Indian journal of veterinary science and animal husbandry - Volume 1,
Year: 1931
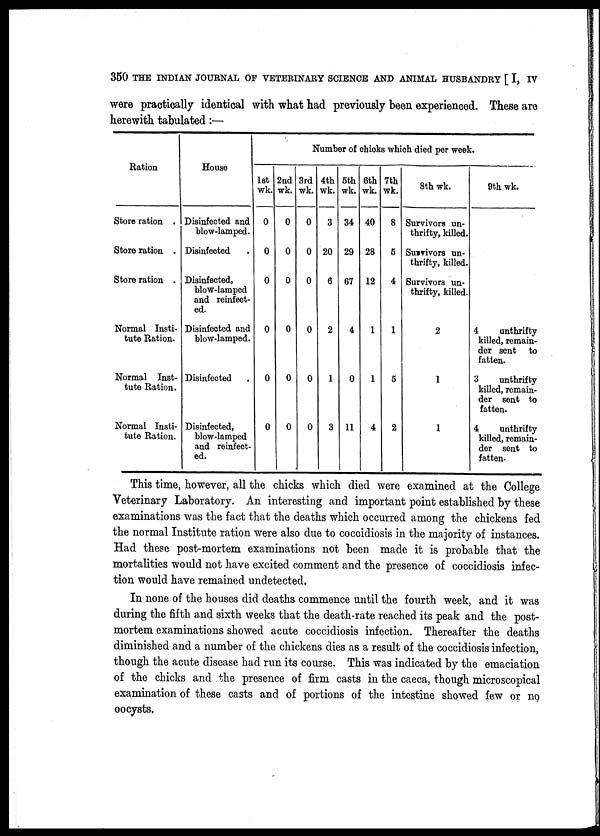
350 THE INDIAN JOURNAL OF VETERINARY SCIENCE AND ANIMAL HUSBANDRY [ I, IV
were practically identical with what had previously been experienced. These are
herewith tabulated:—
Ration
Store ration .
Store ration .
Store ration .
Normal Insti-
tute Ration.
Normal Inst-
tute Ration.
Normal Insti-
tute Ration.
House
Disinfected and
blow-lamped.
Disinfected
Disinfected,
blow-lamped
and reinfect-
ed.
Disinfected and
blow-lamped.
Disinfected
Disinfected,
blow-lamped
and reinfect-
ed.
Number of chicks which died per week.
1st
wk.
0
0
0
0
0
0
2nd
wk.
0
0
0
0
0
0
3rd
wk.
0
0
0
0
0
0
4th
wk.
3
20
6
2
1
3
5th
wk.
34
29
67
4
0
11
6th
wk.
40
28
12
1
1
4
7th
wk.
8
5
4
1
5
2
8th wk.
Survivors un-
thrifty, killed.
Survivors un-
thrifty, killed.
Survivors un-
thrifty, killed.
2
1
1
9th wk.
4
unthrifty
killed, remain-
der sent to
fatten.
3
unthrifty
killed, remain-
der sent to
fatten.
4
unthrifty
killed, remain-
der sent to
fatten.
This time, however, all the chicks which died were examined at the College
Veterinary Laboratory. An interesting and important point established by these
examinations was the fact that the deaths which occurred among the chickens fed
the normal Institute ration were also due to coccidiosis in the majority of instances.
Had these post-mortem examinations not been made it is probable that the
mortalities would not have excited comment and the presence of coccidiosis infec-
tion would have remained undetected.
In none of the houses did deaths commence until the fourth week, and it was
during the fifth and sixth weeks that the death-rate reached its peak and the post-
mortem examinations showed acute coccidiosis infection. Thereafter the deaths
diminished and a number of the chickens dies as a result of the coccidiosis infection,
though the acute disease had run its course. This was indicated by the emaciation
of the chicks and the presence of firm casts in the caeca, though microscopical
examination of these casts and of portions of the intestine showed few or no
oocysts.